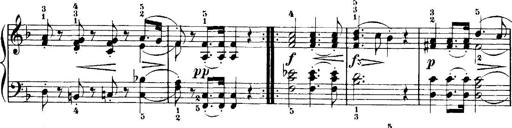
Title: 7 Sonatinas
Composer: Anton Diabelli